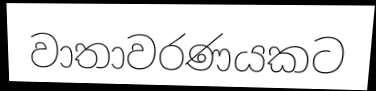
වාතාවරණයකට